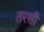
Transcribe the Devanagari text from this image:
तरसी